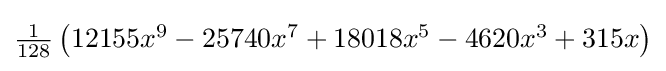
{\textstyle {\tfrac {1}{128}}\left(12155x^{9}-25740x^{7}+18018x^{5}-4620x^{3}+315x\right)}